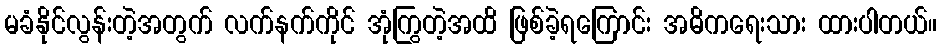
မခံနိုင်လွန်းတဲ့အတွက် လက်နက်ကိုင် အုံကြွတဲ့အထိ ဖြစ်ခဲ့ရကြောင်း အဓိကရေးသား ထားပါတယ်။